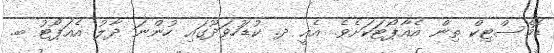
ޑޮމެސްޓިކް ތިން އެއާޕޯޓަކަށެވެ. އެއީ ދ. ކުޑަހުވަދޫގައި ހުންނަ ދާލު އެއަޕޯޓު ބ.